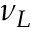
\nu _ { L }